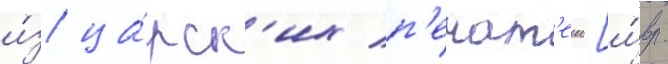
и́з ца́рск'их п'ечат'еи [и́вр.